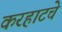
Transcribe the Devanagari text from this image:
करहाटचे